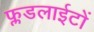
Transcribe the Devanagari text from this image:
फ्लडलाईटों